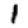
Digit: 1